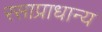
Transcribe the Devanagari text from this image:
रसाप्राधान्य